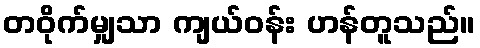
တဝိုက်မျှသာ ကျယ်ဝန်း ဟန်တူသည်။